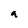
Character: a